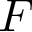
\boldsymbol { F }